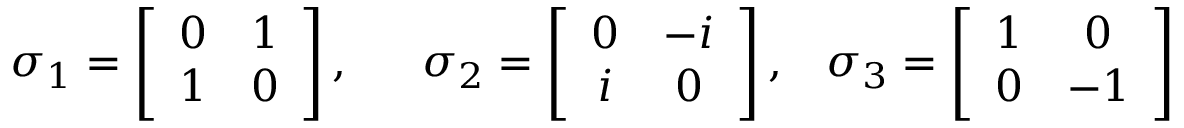
\sigma _ { 1 } = \left[ \begin{array} { c c } { { 0 } } & { { 1 } } \\ { { 1 } } & { { 0 } } \end{array} \right] , \; \; \ \ \ \sigma _ { 2 } = \left[ \begin{array} { c c } { { 0 } } & { { - i } } \\ { { i } } & { { 0 } } \end{array} \right] , \; \; \; \sigma _ { 3 } = \left[ \begin{array} { c c } { { 1 } } & { { 0 } } \\ { { 0 } } & { { - 1 } } \end{array} \right]